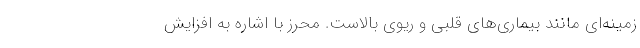
زمینه‌ای مانند بیماری‌های قلبی و ریوی بالاست. محرز با اشاره به افزایش